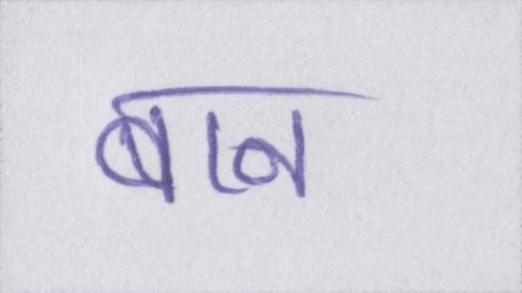
बान